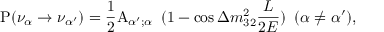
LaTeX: { \mathrm P } ( \nu _ { \alpha } \to \nu _ { \alpha ^ { \prime } } ) = \frac { 1 } { 2 } { \mathrm A } _ { { \alpha ^ { \prime } } ; \alpha } \, ~ ( 1 - \cos \Delta m _ { 3 2 } ^ { 2 } \frac { L } { 2 E } ) \, ~ ( \alpha \not = \alpha ^ { \prime } ) ,